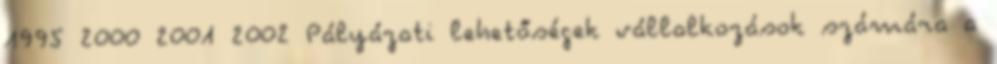
1995 2000 2001 2002 Pályázati lehetőségek vállalkozások számára a